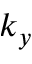
k _ { y }